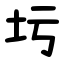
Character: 圬